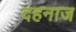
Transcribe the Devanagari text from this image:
दहनाज